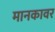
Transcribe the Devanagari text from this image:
मानकावर